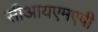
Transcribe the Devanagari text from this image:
सीआयएमएपी